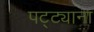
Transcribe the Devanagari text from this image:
पट्ट्याना